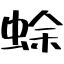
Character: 蜍